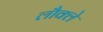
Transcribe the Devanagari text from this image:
लौक्ले